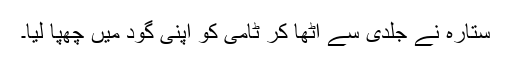
ستارہ نے جلدی سے اُٹھا کر ٹامی کو اپنی گود میں چھپا لیا۔